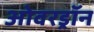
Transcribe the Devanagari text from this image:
ओवरड्रॉन